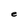
Character: e